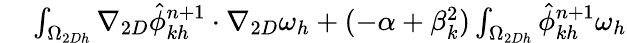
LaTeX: \begin{array}{rl}{\small}&{{}\int_{\Omega_{2Dh}}\nabla_{2D}\hat{\phi}_{kh}^{n+1}\cdot\nabla_{2D}\omega_{h}+(-\alpha+\beta_{k}^{2})\int_{\Omega_{2Dh}}\hat{\phi}_{kh}^{n+1}\omega_{h}}\end{array}